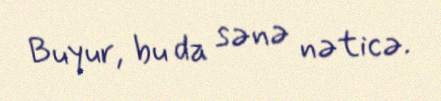
Buyur, bu da sənə nəticə.